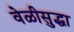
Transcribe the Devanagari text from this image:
वेळीसुद्धा